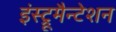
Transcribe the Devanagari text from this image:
इंस्ट्रूमैन्टेशन